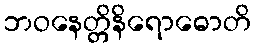
ဘဝနေတ္တိနိရောဓောတိ